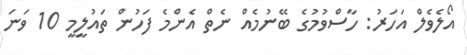
އޯލެވެލް އަހަރު: ހާސްވުމުގެ ބޭނުމެއް ނެތް އެންމެ ފަހުން ތައުލީމީ 10 ވަނަ